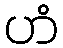
ဟံ